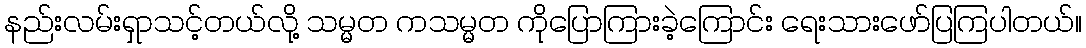
နည်းလမ်းရှာသင့်တယ်လို့ သမ္မတ ကသမ္မတ ကိုပြောကြားခဲ့ကြောင်း ရေးသားဖော်ပြကြပါတယ်။